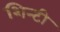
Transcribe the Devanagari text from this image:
शिन्टी